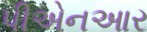
પીએનઆર